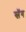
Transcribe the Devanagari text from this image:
स्लॅग